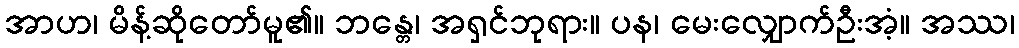
အာဟ၊ မိန့်ဆိုတော်မူ၏။ ဘန္တေ၊ အရှင်ဘုရား။ ပန၊ မေးလျှောက်ဦးအံ့။ အဿ၊